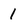
Character: 1